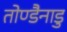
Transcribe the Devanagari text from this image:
तोण्डैनाडु